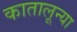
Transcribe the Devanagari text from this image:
कातालून्या